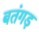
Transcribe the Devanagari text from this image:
बतंगड़